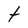
Character: t